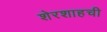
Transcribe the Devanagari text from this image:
शेरशाहची